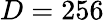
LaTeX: D=256